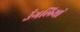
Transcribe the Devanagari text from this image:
उँगलियां